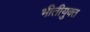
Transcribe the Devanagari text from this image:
भीतीयुक्त